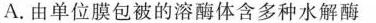
A.由单位膜包被的溶酶体含多种水解酶